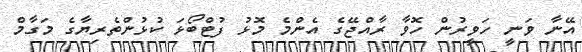
އޭނާ ވަނީ ހަވީރުން ހޮވާ ރާއްޖޭގެ އެންމެ މޮޅު ފުޓްބޯޅަ ކުޅުންތެރިޔާގެ މަގާމް